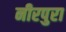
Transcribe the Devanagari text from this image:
नीरपुरा